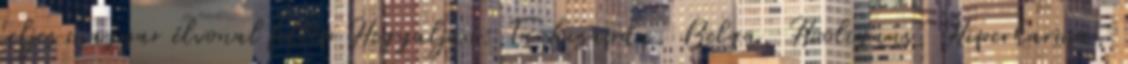
teljes magyar élvonal fellép Hegyalján: Tankcsapda, Belga, Hooligans, Hiperkarma,